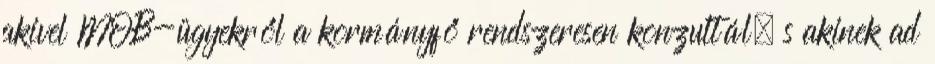
akivel MOB-ügyekről a kormányfő rendszeresen konzultál, s akinek ad